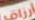
أرزاق